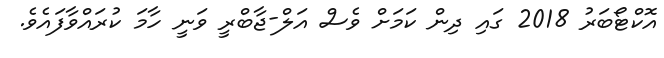
އޮކްޓޯބަރު 2018 ގައި ދިން ކަމަށް ވެސް އަލް-ޖާބްރީ ވަނީ ހާމަ ކުރައްވާފައެވެ.